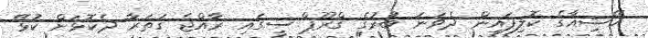
އޭޝިއާގެ ކޮލިފައިން ދެވަނަ ބުރުގެ ގްރޫޕް ސީގައި ރާއްޖެ ގަތަރާ ދެކޮޅަށް ކުޅޭ